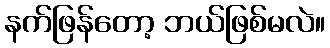
နက်ဖြန်တော့ ဘယ်ဖြစ်မလဲ။